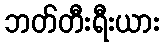
ဘတ်တီးရီးယား